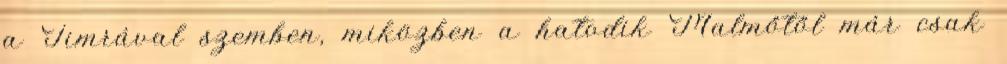
a Timrával szemben, miközben a hatodik Malmőtől már csak